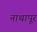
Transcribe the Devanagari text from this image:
नाथापूर